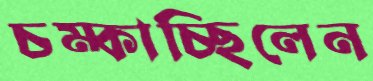
চম্‌কাচ্ছিলেন